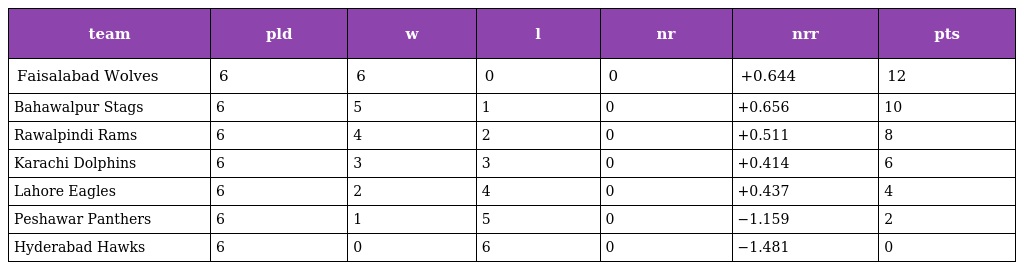
| team | pld | w | l | nr | nrr | pts |
 | --- | --- | --- | --- | --- | --- | --- |
 | Faisalabad Wolves | 6 | 6 | 0 | 0 | +0.644 | 12 |
 | Bahawalpur Stags | 6 | 5 | 1 | 0 | +0.656 | 10 |
 | Rawalpindi Rams | 6 | 4 | 2 | 0 | +0.511 | 8 |
 | Karachi Dolphins | 6 | 3 | 3 | 0 | +0.414 | 6 |
 | Lahore Eagles | 6 | 2 | 4 | 0 | +0.437 | 4 |
 | Peshawar Panthers | 6 | 1 | 5 | 0 | −1.159 | 2 |
 | Hyderabad Hawks | 6 | 0 | 6 | 0 | −1.481 | 0 |